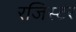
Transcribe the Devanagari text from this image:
रजिस्टर